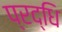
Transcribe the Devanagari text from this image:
प्रद्धि